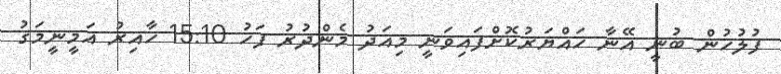
ފުލުހުން ބުނީ އޭނާ ހައްޔަރުކޮށްފައިވަނީ މިއަދު މެންދުރު ފަހު 15:10 ހާއިރު އަމީނީމަގު